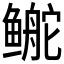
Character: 鿸